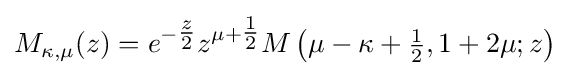
M_{\kappa ,\mu }(z)=e^{-{\tfrac {z}{2}}}z^{\mu +{\tfrac {1}{2}}}M\left(\mu -\kappa +{\tfrac {1}{2}},1+2\mu ;z\right)